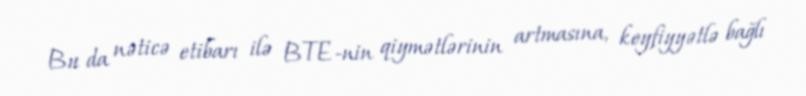
Bu da nəticə etibarı ilə BTE-nin qiymətlərinin artmasına, keyfiyyətlə bağlı